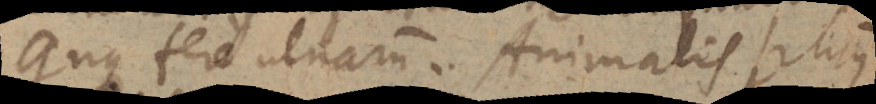
quinque fere ulnarum. Animalis hujus